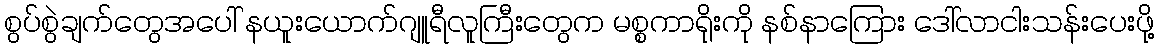
စွပ်စွဲချက်တွေအပေါ် နယူးယောက်ဂျူရီလူကြီးတွေက မစ္စကာရိုးကို နစ်နာကြေား ဒေါ်လာငါးသန်းပေးဖို့